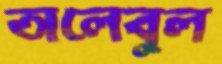
তালেবুল